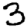
Digit: 3